Scientific memoirs by medical officers of the Army of India - Part XII,
Year: 1901
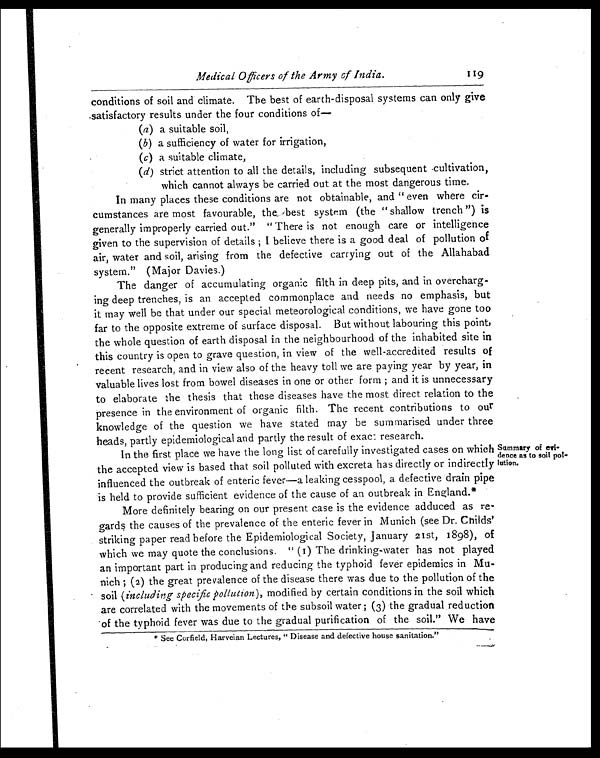
Medical Officers of the Army of India.
conditions of soil and climate. The best of earth-disposal systems can only give
satisfactory results under the four conditions of—
( a )
a s u i t a b l e s o i l ,
(b) a sufficiency of water for irrigation,
( c) a sui t abl e cl i mat e,
(d) strict attention to all the details, including subsequent cultivation,
which cannot always be carried out at the most dangerous time.
In many places these conditions are not obtainable, and "even where cir
- c u m s t a n c e s a r e m o s t f a v o u r a b l e , t h e b e s t s y s t e m ( t h e " s h a l l o w t r e n c h " ) i s
generally improperly carried out." "There is not enough care or intelligence
given to the supervision of details; I believe there is a good deal of pollution of
air, water and soil, arising from the defective carrying out of the Allahabad
system." (Major Davies.)
The danger of accumulating organic filth in deep pits, and in overcharg
- i n g d e e p t r e n c h e s , i s a n a c c e p t e d c o m m o n p l a c e a n d n e e d s n o e m p h a s i s , b u t
it may well be that under our special meteorological conditions, we have gone too
far to the opposite extreme of surface disposal. But without labouring this point,
the whole question of earth disposal in the neighbourhood of the inhabited site in
this country is open to grave question, in view of the well-accredited results of
recent research, and in view also of the heavy toll we are paying year by year, in
valuable lives lost from bowel diseases in one or other form; and it is unnecessary
to elaborate the thesis that these diseases have the most direct relation to the
presence in the environment of organic filth. The recent contributions to our
knowledge of the question we have stated may be summarised under three
heads, partly eidemiological and partly the result of exac: research.
In the first place we have the long list of carefully investigated cases on which
the accepted view is based that soil polluted with excreta has directly or indirectly
influenced the outbreak of enteric fever—a leaking cesspool, a defective drain pipe
is held to provide sufficient evidence of the cause of an outbreak in England.*
More definitely bearing on our present case is the evidence adduced as re
- g a r d s t h e c a u s e s o f t h e p r e v a l e n c e o f t h e e n t e r i c f e v e r i n M u n i c h ( s e e D r . C h i l d s '
striking paper read before the Epidemiological Society, January 21st, 1898), of
which we may quote the conclusions. "(1) The drinking-water has not played
an important part in producing and reducing the typhoid fever epidemics in Mu
-nich; (2) the great prevalence of the disease there was due to the pollution of the
soil (including specific pollution), modified by certain conditions in the soil which
are correlated with the movements of the subsoil water; (3) the gradual reduction
of the typhoid fever was due to the gradual purification of the soil." We have
* See Corfield, Harveian Lectures, "Disease and defective house sanitation."
Summary of evi--
dence as to soil pol--
lution.